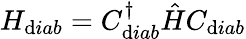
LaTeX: H_{\mathrm{d}iab}=C_{\mathrm{d}iab}^{\dagger}\hat{{H}}C_{\mathrm{d}iab}